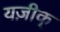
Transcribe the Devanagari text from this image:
यज़ीक्